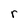
Character: r